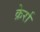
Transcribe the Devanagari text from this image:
क्रेर्रा